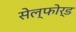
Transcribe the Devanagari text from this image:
सेल्फोर्ड